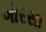
ગોરસા